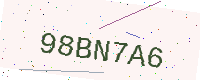
Text: 98BN7A6